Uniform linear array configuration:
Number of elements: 24
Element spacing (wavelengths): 0.75
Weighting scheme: hann
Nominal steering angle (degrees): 30
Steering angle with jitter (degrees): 30.363
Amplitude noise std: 0.05
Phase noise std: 0.05

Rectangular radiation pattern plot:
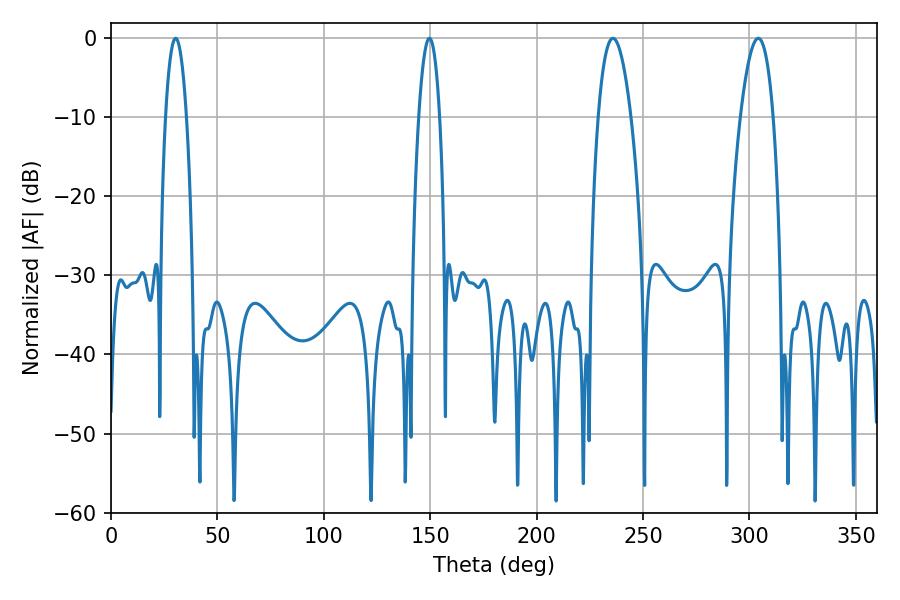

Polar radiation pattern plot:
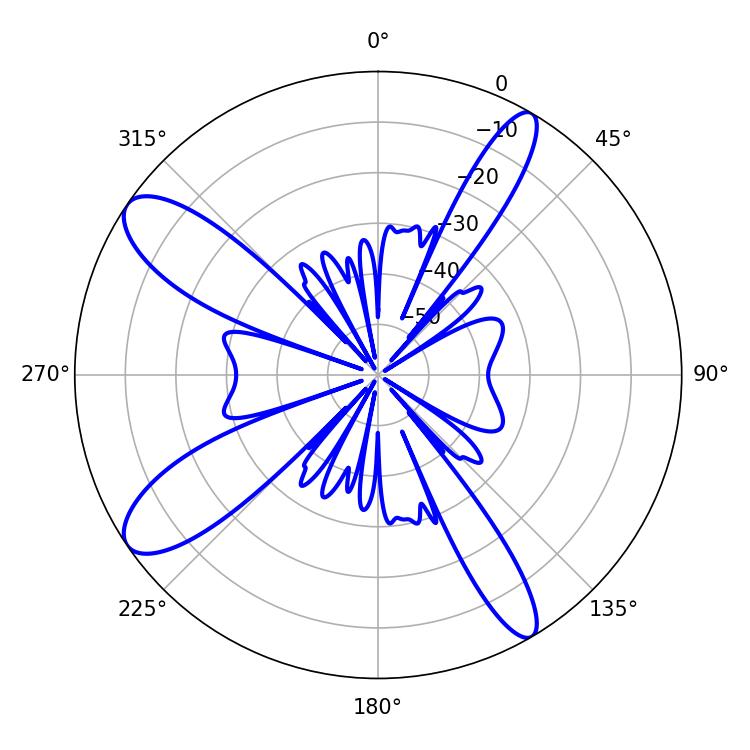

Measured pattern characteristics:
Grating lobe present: TRUE
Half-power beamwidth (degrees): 8.46
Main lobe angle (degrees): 235.8